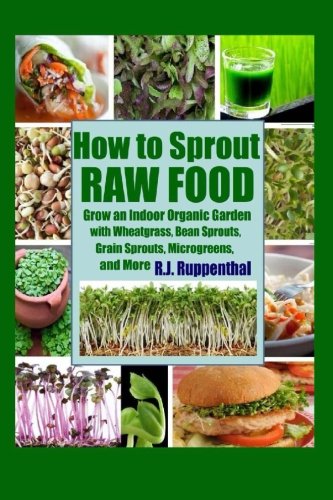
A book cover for How to Sprout Raw Food: Grow an Indoor Organic Garden with Wheatgrass, Bean Sprouts, Grain Sprouts, Microgreens, and More; R.J. Ruppenthal; Cookbooks, Food & Wine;